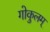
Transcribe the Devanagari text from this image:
गोकुलम्